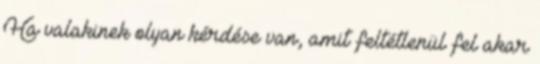
Ha valakinek olyan kérdése van, amit feltétlenül fel akar